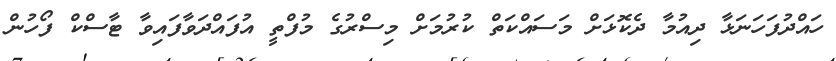
ހައްދުފަހަނަޅާ ދިއުމާ ދެކޮޅަށް މަސައްކަތް ކުރުމަށް މިސްރުގެ މުފްތީ އުފައްދަވާފައިވާ ޓާސްކް ފޯހުން